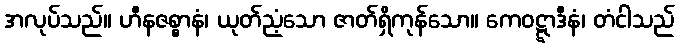
အလုပ်သည်။ ဟီနဇစ္စာနံ၊ ယုတ်ညံ့သော ဇာတ်ရှိကုန်သော။ ကေဝဋ္ဋာဒီနံ၊ တံငါသည်